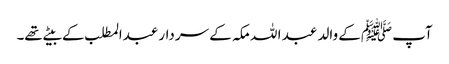
آپ ﷺکے والد عبد ا للہ مکہ کے سردار عبدالمطلب کے بیٹے تھے۔